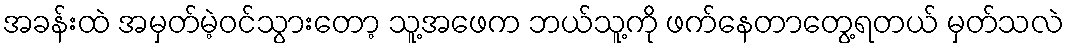
အခန်းထဲ အမှတ်မဲ့ဝင်သွားတော့ သူ့အဖေက ဘယ်သူ့ကို ဖက်နေတာတွေ့ရတယ် မှတ်သလဲ